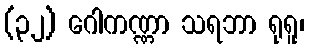
(၃၂) ဂေါကဏ္ဏာ သရဘာ ရုရူ၊